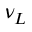
\nu _ { L }